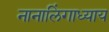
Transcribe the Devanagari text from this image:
नानालिंगाध्याय